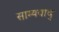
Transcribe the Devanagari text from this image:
साम्यवाद्